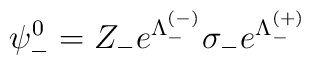
\psi_-^0 = Z_-e^{\Lambda_-^{(-)}}\sigma_- e^{\Lambda_-^{(+)}}